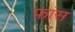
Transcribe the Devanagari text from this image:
फ़ांस